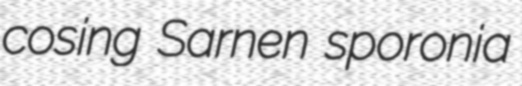
cosing Sarnen sporonia